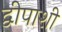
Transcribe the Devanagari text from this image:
द्वीपाशी